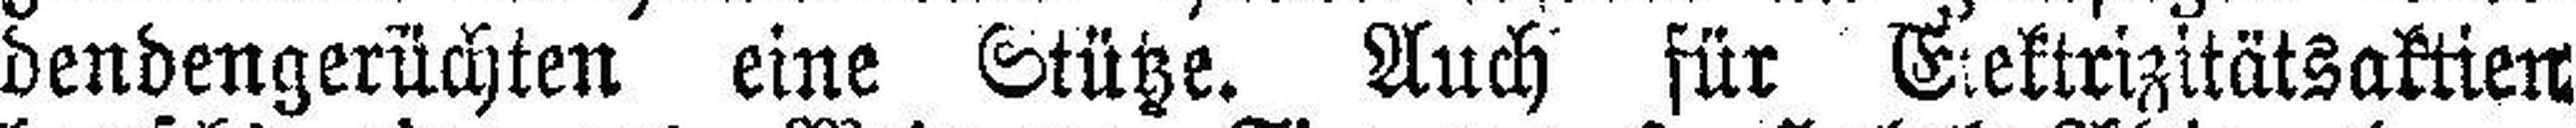
dendengerüchten eine Stütze. Auch für Elektrizitätsaktien